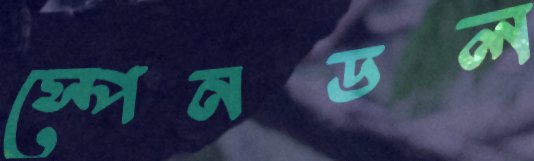
স্পেনডল